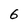
Character: 6